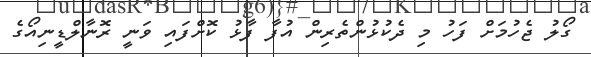
ގޯލު ޖެހުމަށް ފަހު މި ދެކުޅުންތެރިން އުފާ ފާޅު ކޮށްފައި ވަނީ ރޮނާލްޑީނިއޯގެ